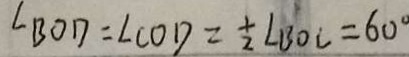
\angle B O D = \angle C O D = \frac { 1 } { 2 } \angle B O C = 6 0 ^ { \circ }